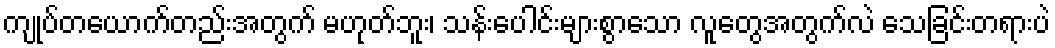
ကျုပ်တယောက်တည်းအတွက် မဟုတ်ဘူး၊ သန်းပေါင်းများစွာသော လူတွေအတွက်လဲ သေခြင်းတရားပဲ